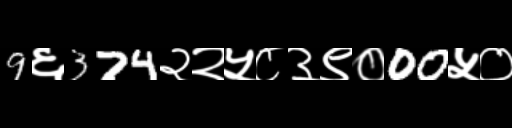
Text: 9६374२२५८३९०00५०